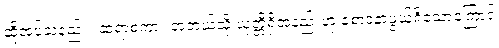
ဆိုအပ်သနည်း။ ဆရာစကား အဘယ်သို့ ယုတ္တိရှိအံ့နည်းဟု စောဒနာဖွယ်ရှိသောကြောင့်